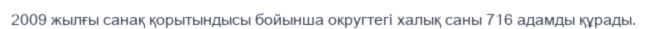
2009 жылғы санақ қорытындысы бойынша округтегі халық саны 716 адамды құрады.